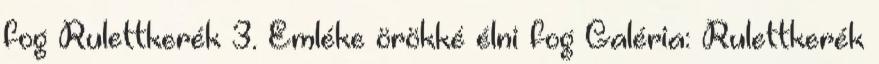
fog Rulettkerék 3. Emléke örökké élni fog Galéria: Rulettkerék